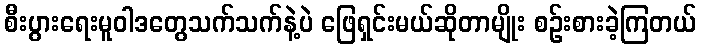
စီးပွားရေးမူဝါဒတွေသက်သက်နဲ့ပဲ ဖြေရှင်းမယ်ဆိုတာမျိုး စဉ်းစားခဲ့ကြတယ်